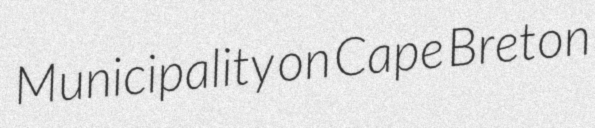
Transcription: Municipality on Cape Breton